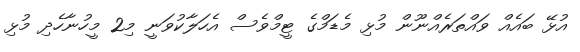
އުޅޭ ބައެއް ވައްތަރެއްނޫން މުޅި މެޑަމްގެ ޓީމްވެސް އެހަލާކުވަނީ މި2 މީހުނާހެދި މުޅި